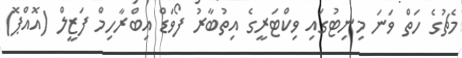
މެޗުގެ ހަތް ވަނަ މިނިޓުގައި ވިކްޓަރީގެ އިތުބާރު ފޯވަޑް އިބްރާހިމް ފަޒީލް (އޮއްޕޮ)